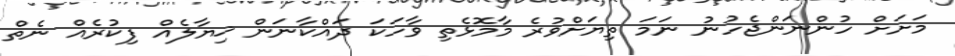
މަށަށް ހުންނަންޖެހުނު ނަމަ ތިޔަށްވުރެ މާމޮޅެތި ވާހަކަ ދައްކާނަން ޚިޔާލެއް ފިކުރެއް ނެތް